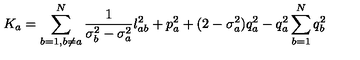
K _ { a } = \sum _ { b = 1 , b \neq a } ^ { N } \frac { 1 } { \sigma _ { b } ^ { 2 } - \sigma _ { a } ^ { 2 } } l _ { a b } ^ { 2 } + p _ { a } ^ { 2 } + ( 2 - \sigma _ { a } ^ { 2 } ) q _ { a } ^ { 2 } - q _ { a } ^ { 2 } \sum _ { b = 1 } ^ { N } q _ { b } ^ { 2 }